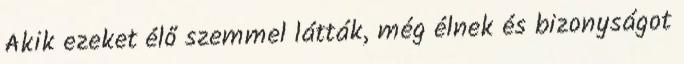
Akik ezeket élő szemmel látták, még élnek és bizonyságot